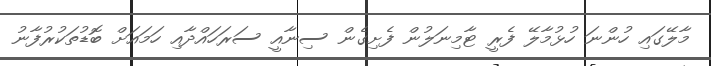
މާލޭގައި ހުންނަ ހުޅުމާލޭ ފެރީ ޓާމިނަލުން ފެށިގެން ސިނާއީ ސަރަހައްދާއި ހަމައަށް ބޮޑުތަކުރުފާނު